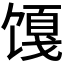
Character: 𬳎